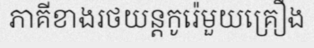
ភាគីខាងរថយន្តកូរ៉េមួយគ្រឿង